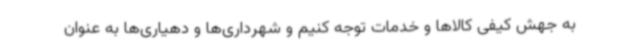
به جهش کیفی کالاها و خدمات توجه کنیم و شهرداری‌ها و دهیاری‌ها به عنوان